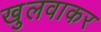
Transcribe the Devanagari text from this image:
खुलवाकर